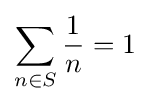
\sum _{n\in S}{\frac {1}{n}}=1